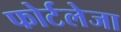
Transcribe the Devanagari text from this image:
फोर्टलेजा